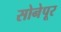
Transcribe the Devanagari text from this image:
सोनेपूर